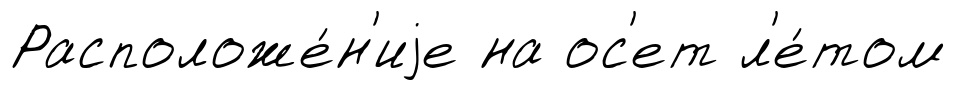
Расположе́н'иjе на ос'ет л'е́том